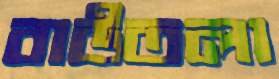
বাউতলা